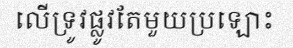
លើទ្រូវផ្លូវតែមួយប្រឡោះ